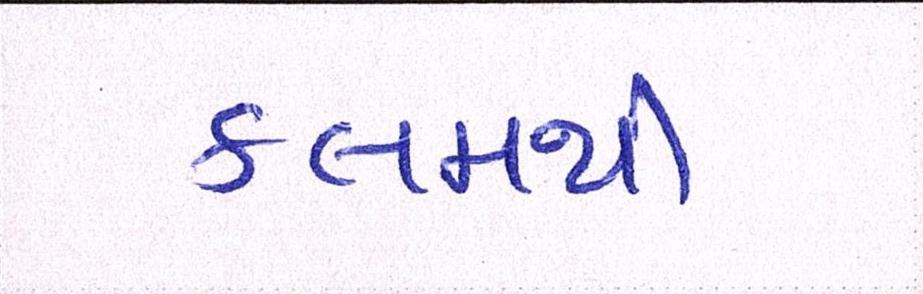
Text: કલમથી